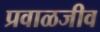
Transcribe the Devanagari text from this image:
प्रवाळजीव